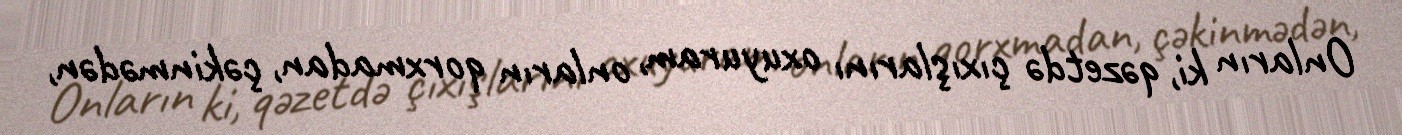
Onların ki, qəzetdə çıxışlarını oxuyuram, onların qorxmadan, çəkinmədən,